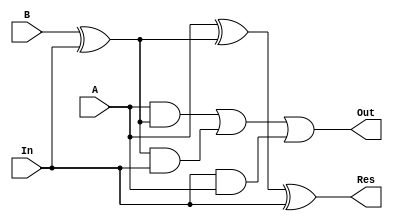
module q10_behave(A, B, In, Res, Out);
    input A, B;
    input In;
    output reg Res;
    output reg Out;
    reg t3;

always@(t3)
 begin	 
   t3=B^In;
 end
         
 reg t1,t2,t_3,t4;

always@(t1,t2,t_3,t4)
begin
  t1=A^t3;
  Res=t1^In;
  t2=A&t3;
  t_3=t3&In;
  t4=In&A;
  Out=t2|t_3|t4;  
 end

 endmodule